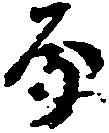
房